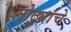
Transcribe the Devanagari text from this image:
मोठ्याचे